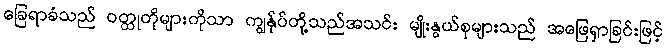
ခြေရာခံသည် ဝတ္ထုတိုများကိုသာ ကျွန်ုပ်တို့သည်အသင်း မျိုးနွယ်စုများသည် အဖြေရှာခြင်းဖြင့်